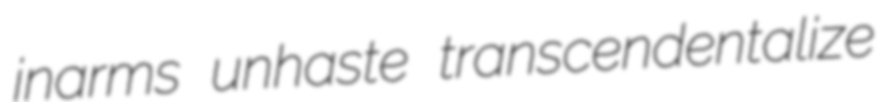
inarms unhaste transcendentalize